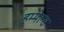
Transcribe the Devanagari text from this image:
हम्मेल्स